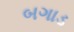
બગાડ